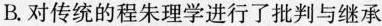
B.对传统的程朱理学进行了批判与继承